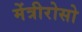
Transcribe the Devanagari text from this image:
मेंत्रीरोसो